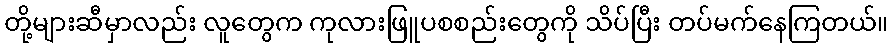
တို့များဆီမှာလည်း လူတွေက ကုလားဖြူပစစည်းတွေကို သိပ်ပြီး တပ်မက်နေကြတယ်။